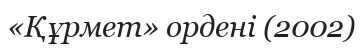
«Құрмет» ордені (2002)